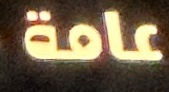
عامة